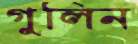
গুলিন